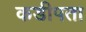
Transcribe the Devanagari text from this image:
कडीपता